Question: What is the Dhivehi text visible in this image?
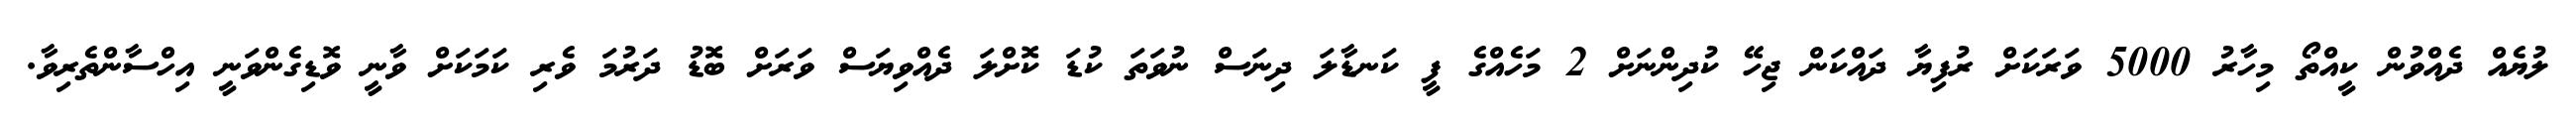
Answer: ލުޔެއް ދެއްވުން ކީއްތޯ މިހާރު 5000 ވަރަކަށް ރުފިޔާ ދައްކަން ޖިހޭ ކުދިންނަށް 2 މަހެއްގެ ފީ ކަނޑާލަ ދިނަސް ނުވަތަ ކުޑަ ކޮށްލަ ދެއްވިޔަސް ވަރަށް ބޮޑު ދަރުމަ ވެރި ކަމަކަށް ވާނީ ވޮޑިގެންވަނީ އިހްސާންތެރިވާ.